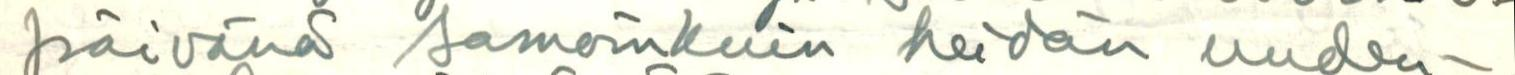
päivänä samoinkuin heidän uuden-